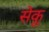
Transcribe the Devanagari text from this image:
सेकू